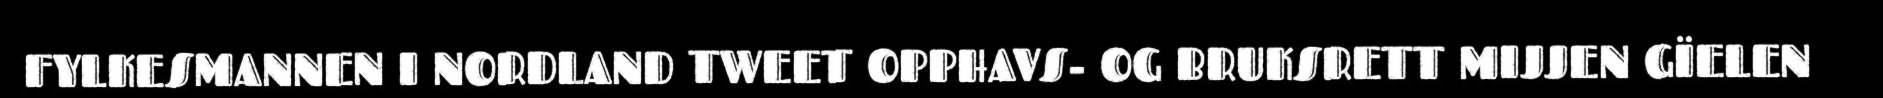
FYLKESMANNEN I NORDLAND TWEET OPPHAVS- OG BRUKSRETT MIJJEN GÏELEN